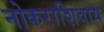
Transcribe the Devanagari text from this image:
नोकराशिवाय